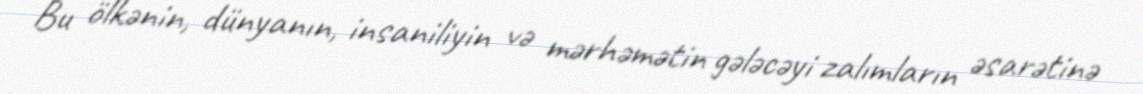
Bu ölkənin, dünyanın, insaniliyin və mərhəmətin gələcəyi zalımların əsarətinə